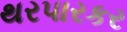
થરપારકર